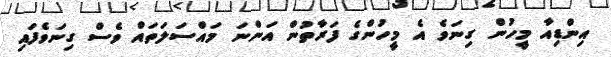
އިންޑިއާ މީހުން ގިނަވެ އެ މީހުންގެ ފަރާތުން އަންނަ މައްސަލަތައް ވެސް ގިނަވެފައި